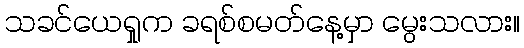
သခင်ယေရှုက ခရစ်စမတ်နေ့မှာ မွေးသလား။